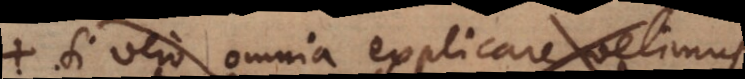
si vero omnia explicare velimus